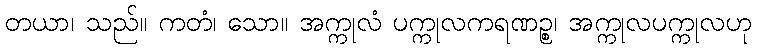
တယာ၊ သည်။ ကတံ၊ သော။ အက္ကုလံ ပက္ကုလကရဏဉ္စ၊ အက္ကုလပက္ကုလဟု